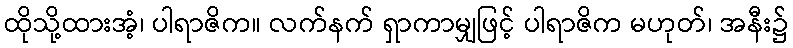
ထိုသို့ထားအံ့၊ ပါရာဇိက။ လက်နက် ရှာကာမျှဖြင့် ပါရာဇိက မဟုတ်၊ အနီး၌